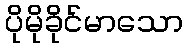
ပိုမိုခိုင်မာသော